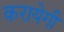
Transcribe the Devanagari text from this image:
करायेगी